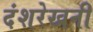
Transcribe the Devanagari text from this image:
दंशरेखनी